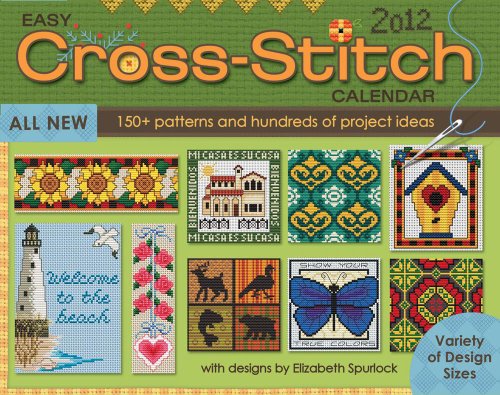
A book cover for Easy Cross Stitch: 2012 Day-to-Day Calendar; Accord Publishing; Calendars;